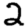
Digit: 2